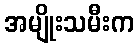
အမျိုးသမီးက